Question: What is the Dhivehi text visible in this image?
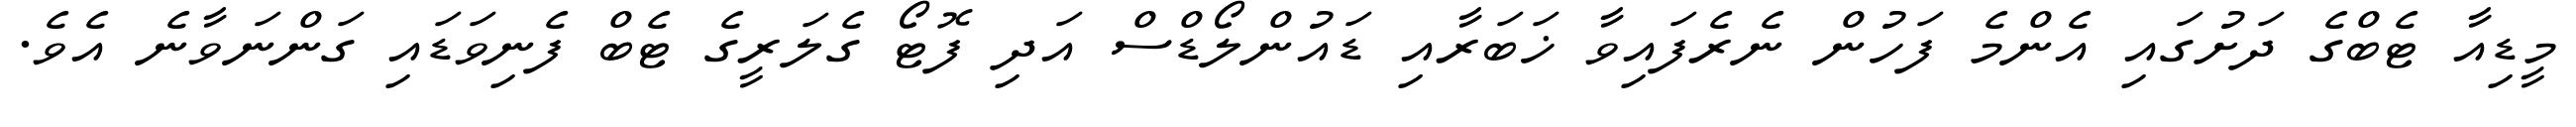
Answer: މީޑިއާ ޓެބްގެ ދަށުގައި އެންމެ ފަހުން ނެރެފައިވާ ޚަބަރާއި ޑައުންލޯޑްސް އަދި ފޮޓޯ ގެލަރީގެ ޓެބް ފެނިވަޑައި ގަންނަވާނެ އެވެ.